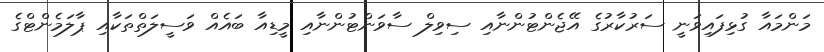
މަންމައާ ގުޅިފައިވަނީ ސަރުކާރުގެ އޭޖެންޓުންނާއި ސިވިލް ސާވަންޓުންނާއި މީޑިއާ ބައެއް ވަސީލަތްތަކާއި ޕާލަމެންޓްގެ